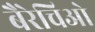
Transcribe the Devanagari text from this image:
बैरेचिओ